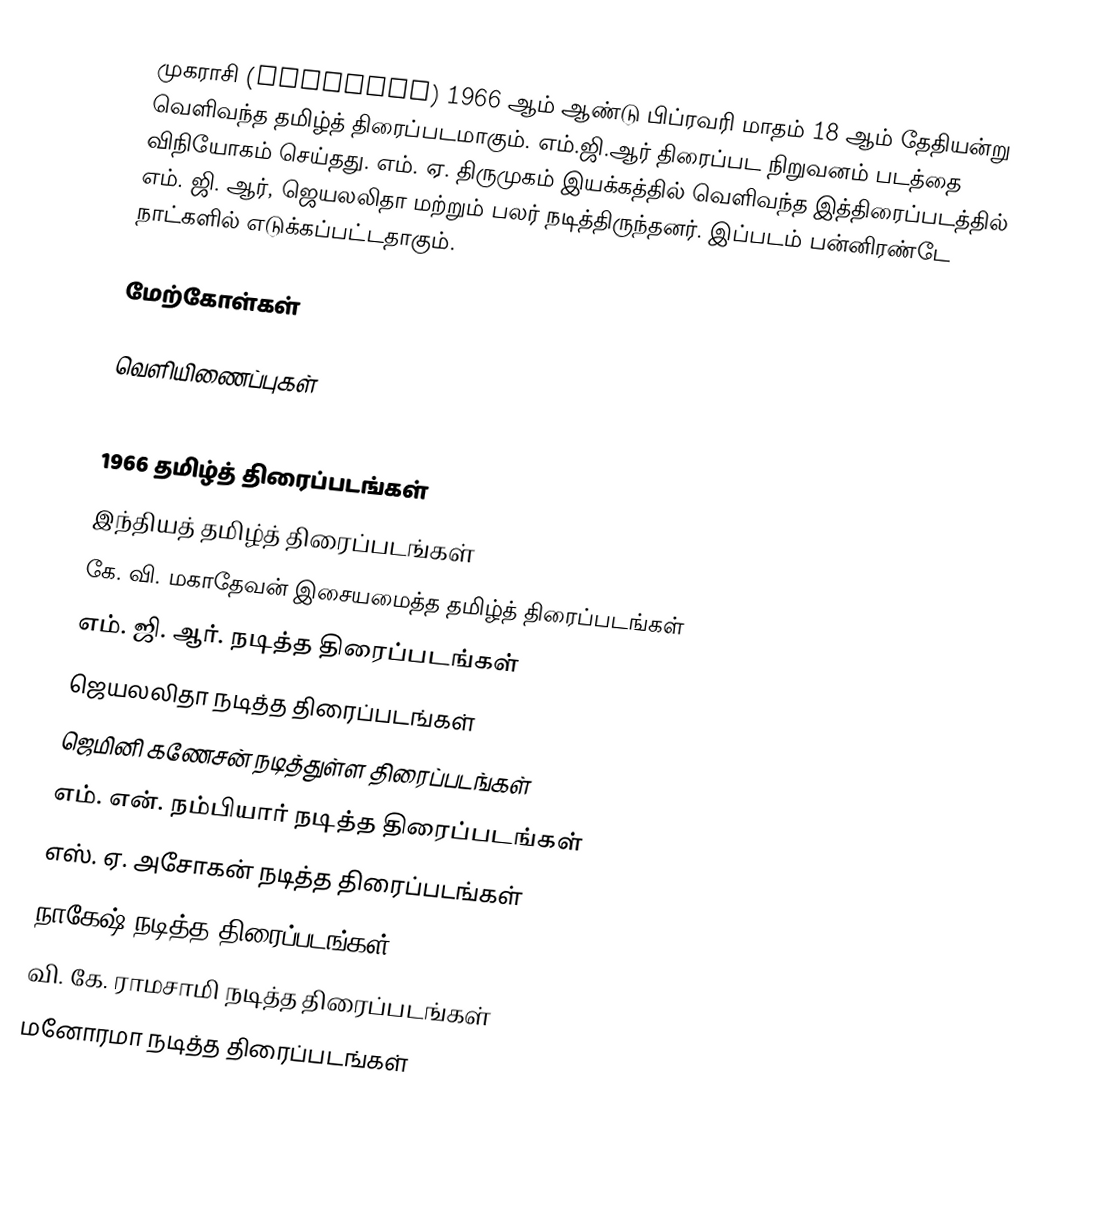
முகராசி (Muharasi) 1966 ஆம் ஆண்டு பிப்ரவரி மாதம் 18 ஆம் தேதியன்று வெளிவந்த தமிழ்த் திரைப்படமாகும். எம்.ஜி.ஆர் திரைப்பட நிறுவனம் படத்தை விநியோகம் செய்தது.  எம். ஏ. திருமுகம் இயக்கத்தில் வெளிவந்த இத்திரைப்படத்தில் எம். ஜி. ஆர், ஜெயலலிதா மற்றும் பலர் நடித்திருந்தனர். இப்படம் பன்னிரண்டே நாட்களில் எடுக்கப்பட்டதாகும்.

மேற்கோள்கள்

வெளியிணைப்புகள்

1966 தமிழ்த் திரைப்படங்கள்
இந்தியத் தமிழ்த் திரைப்படங்கள்
கே. வி. மகாதேவன் இசையமைத்த தமிழ்த் திரைப்படங்கள்
எம். ஜி. ஆர். நடித்த திரைப்படங்கள்
ஜெயலலிதா நடித்த திரைப்படங்கள்
ஜெமினி கணேசன் நடித்துள்ள திரைப்படங்கள்
எம். என். நம்பியார் நடித்த திரைப்படங்கள்
எஸ். ஏ. அசோகன் நடித்த திரைப்படங்கள்
நாகேஷ் நடித்த திரைப்படங்கள்
வி. கே. ராமசாமி நடித்த திரைப்படங்கள்
மனோரமா நடித்த திரைப்படங்கள்